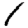
Digit: 1